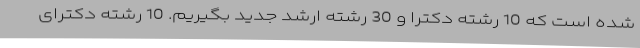
شده است که 10 رشته دکترا و 30 رشته ارشد جدید بگیریم. 10 رشته دکترای